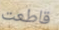
قاطعت